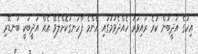
އިހުގެ އަދީބުން ކުރެ ރައިވަރު ހެއްދެވުމުގައި އެންމެ ފާހަނގަކޮށްލެވޭ އެއް އަދީބަކީ ބަނޑޭރި